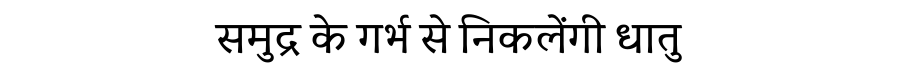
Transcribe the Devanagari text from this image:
समुद्र के गर्भ से निकलेंगी धातु